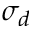
\sigma _ { d }